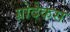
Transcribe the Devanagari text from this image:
ग्रोदेकस